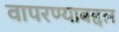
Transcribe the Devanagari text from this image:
वापरण्याबद्दल